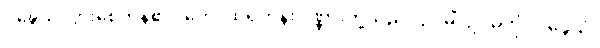
ဝဍ္ဎေသုံ၊ ပွားစေကုန်၏။ တေ၊ ထိုရဟန်းပုဏ္ဏားတို့သည်။ ဥပဓိံ၊ ဥပဓိကို။ ဝဍ္ဎေသုံ၊